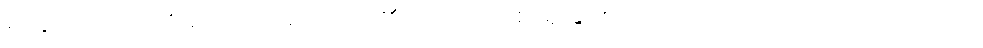
စက္ခုဝိဉာဏ်အစရှိသော အကျိုးတို့၏။) ဘာဝေါ စ၊ ရှိခြင်းသည်လည်းကောင်း။ လောကဿ၊